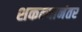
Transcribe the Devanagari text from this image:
शकल्यानंतर